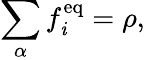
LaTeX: \sum_{\alpha}f_{\mathit{i}}^{\mathrm{{eq}}}=\rho,